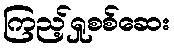
ကြည့်ရှုစစ်ဆေး